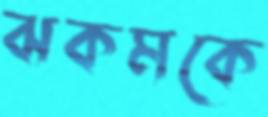
ঝকমকে